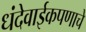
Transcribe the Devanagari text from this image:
धंदेवाईकपणाचे